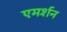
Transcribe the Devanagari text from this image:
एमर्शन